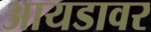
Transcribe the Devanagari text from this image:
आयडावर